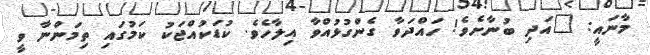
މާނައީ: "އަދި ބުނާށެވެ! ހައްދަވާ ގެންގުޅުއްވާ އިލާހެވެ. ކުޑަކުއްޖަކު ކަމުގައި ތިމަންނާ ވީ